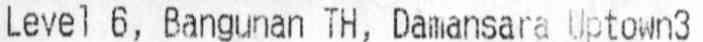
LEVEL 6, BANGUNAN TH, DAMANSARA UPTOWN3